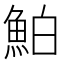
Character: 鮊